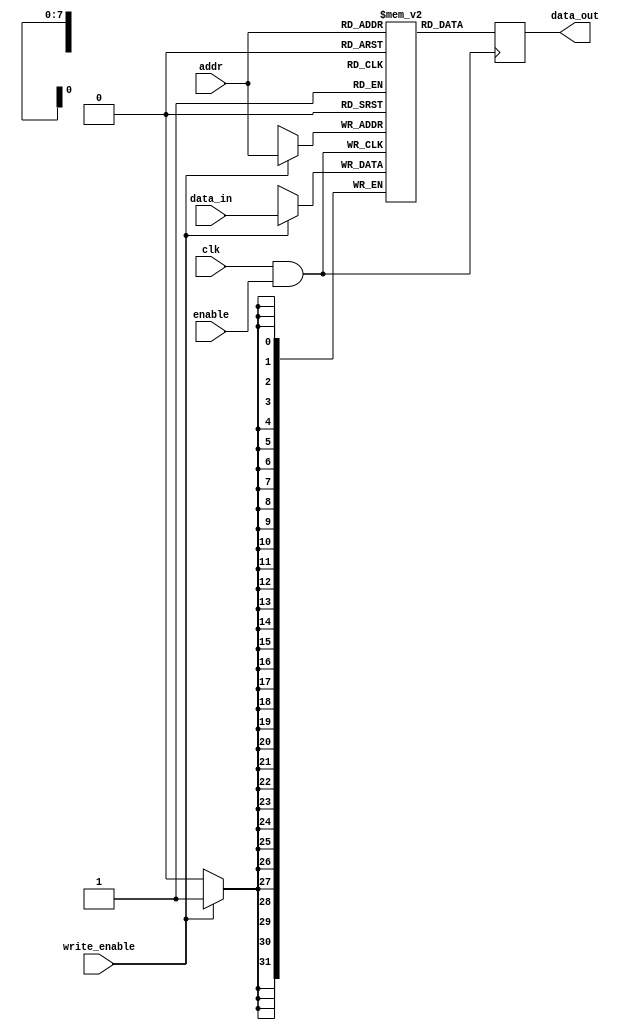
module memory_block (
    input wire clk,              // Main clock signal
    input wire enable,           // Enable signal to activate memory block
    input wire [7:0] addr,       // Address for memory access
    input wire [31:0] data_in,   // Data input for write operations
    input wire write_enable,      // Write enable signal
    output reg [31:0] data_out    // Data output for read operations
);

// Memory array declaration (256 x 32 bits)
reg [31:0] mem_array [0:255];

// Clock gating logic
wire gated_clk;
assign gated_clk = clk & enable; // Gated clock is the main clock ANDed with enable signal

// Memory operation
always @(posedge gated_clk) begin
    if (write_enable) begin
        // Write operation
        mem_array[addr] <= data_in;
    end
    data_out <= mem_array[addr]; // Read operation (always read on gated clock)
end

endmodule